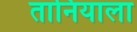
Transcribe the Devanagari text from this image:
तानियाला